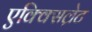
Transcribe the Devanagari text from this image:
एक्क्सिल्रेट